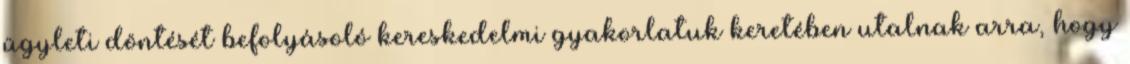
ügyleti döntését befolyásoló kereskedelmi gyakorlatuk keretében utalnak arra, hogy